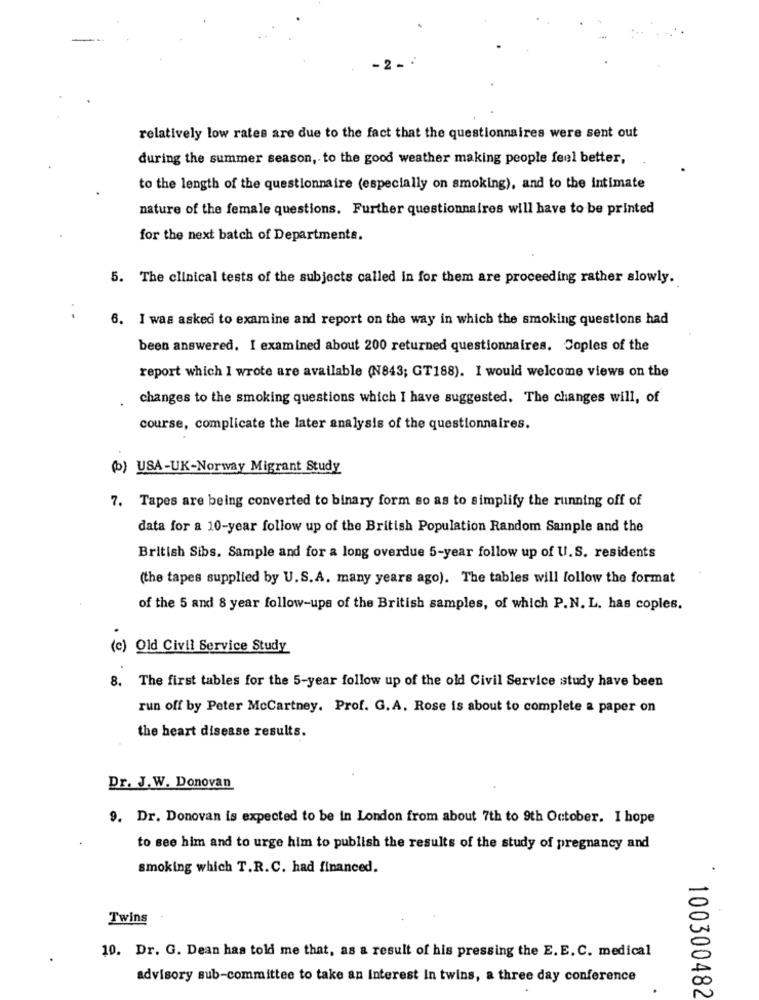
relatively low rates are due to the fact that the questionnaires were sent out
during the summer season, to the good weather making people feel better,
to the length of the questionnaire (especially on smoking), and to the intimate
nature of the female questions. Further questionnaires will have to be printed
for the next batch of Departments.
5. The clinical tests of the subjects called in for them are proceeding rather slowly.
.
6. I was asked to examine and report on the way in which the smoking questions had
been answered. I examined about 200 returned questionnaires. Copies of the
report which I wrote are available (N843; GT188). I would welcome views on the
changes to the smoking questions which I have suggested. The changes will, of
course, complicate the later analysis of the questionnaires.
(b) USA-UK-Norway Migrant Study
7. Tapes are being converted to binary form so as to simplify the running off of
data for a 10-year follow up of the British Population Random Sample and the
British Sibs. Sample and for a long overdue 5-year follow up of U.S. residents
(the tapes supplied by U.S. A. many years ago). The tables will follow the format
of the 5 and 8 year follow-ups of the British samples, of which P.N. L. has copies.
(e) Old Civil Service Study
8. The first tables for the 5-year follow up of the old Civil Service study have been
run off by Peter McCartney. Prof. G.A. Rose is about to complete a paper on
the heart disease results.
Dr. J.W. Donovan
9. Dr. Donovan is expected to be in London from about 7th to 9th October. I hope
to see him and to urge him to publish the results of the study of pregnancy and
smoking which T.R.C. had financed.
Twins
10. Dr. G. Dean has told me that, as a result of his pressing the E. E. C. medical
advisory sub-committee to take an interest In twins, a three day conference
100300482